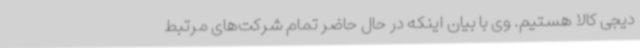
دیجی کالا هستیم. وی با بیان اینکه در حال حاضر تمام شرکت‌های مرتبط